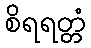
စိရရတ္တံ